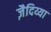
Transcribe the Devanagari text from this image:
ज़ैदिय्या